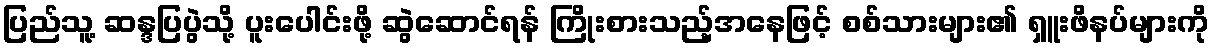
ပြည်သူ့ ဆန္ဒပြပွဲသို့ ပူးပေါင်းဖို့ ဆွဲဆောင်ရန် ကြိုးစားသည့်အနေဖြင့် စစ်သားများ၏ ရှူးဖိနပ်များကို